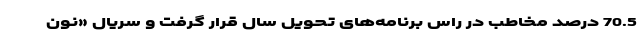
70.5 درصد مخاطب در راس برنامه‌های تحویل سال قرار گرفت و سریال «نون